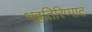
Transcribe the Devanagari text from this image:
भट्टतिरिप्पाट